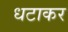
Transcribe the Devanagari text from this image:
धटाकर